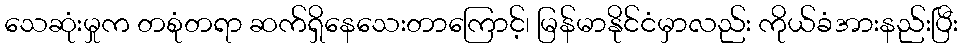
သေဆုံးမှုက တစုံတရာ ဆက်ရှိနေသေးတာကြောင့်၊ မြန်မာနိုင်ငံမှာလည်း ကိုယ်ခံအားနည်းပြီး